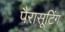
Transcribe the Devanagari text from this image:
पैरासूटिंग